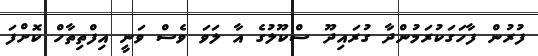
ފުރުން ފާހަގަކުރަމުންދާ ގުރައިދޫ ސްކޫލުގެ އާ ލަވަ ވެސް ވަނީ އިފްތިތާހް ކޮށްފަ